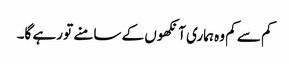
کم سے کم وہ ہماری آنکھوں کے سامنے تو رہے گا۔